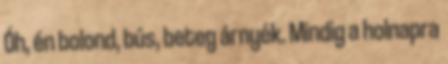
Óh, én bolond, bús, beteg árnyék. Mindig a holnapra